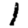
Digit: 1